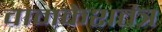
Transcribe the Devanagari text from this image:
वामकेशतंत्र